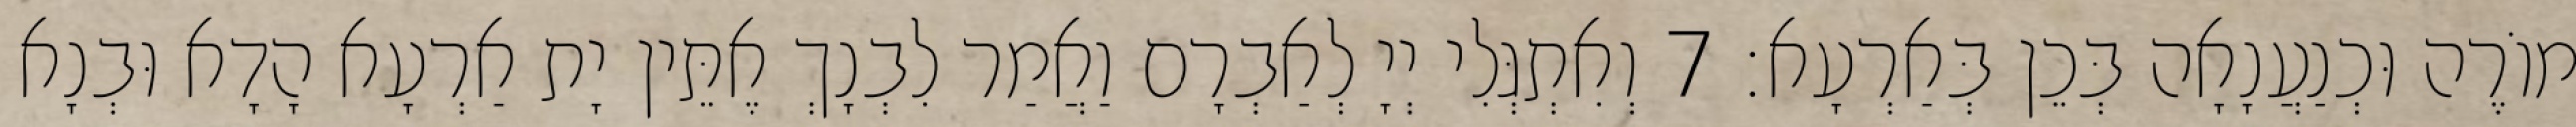
מוֹרֶה וּכְנַעֲנָאָה בְּכֵן בְּאַרְעָא׃ 7 וְאִתְגְּלִי יְיָ לְאַבְרָם וַאֲמַר לִבְנָךְ אֶתֵּין יָת אַרְעָא הָדָא וּבְנָא